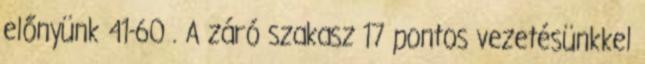
előnyünk 41-60 . A záró szakasz 17 pontos vezetésünkkel